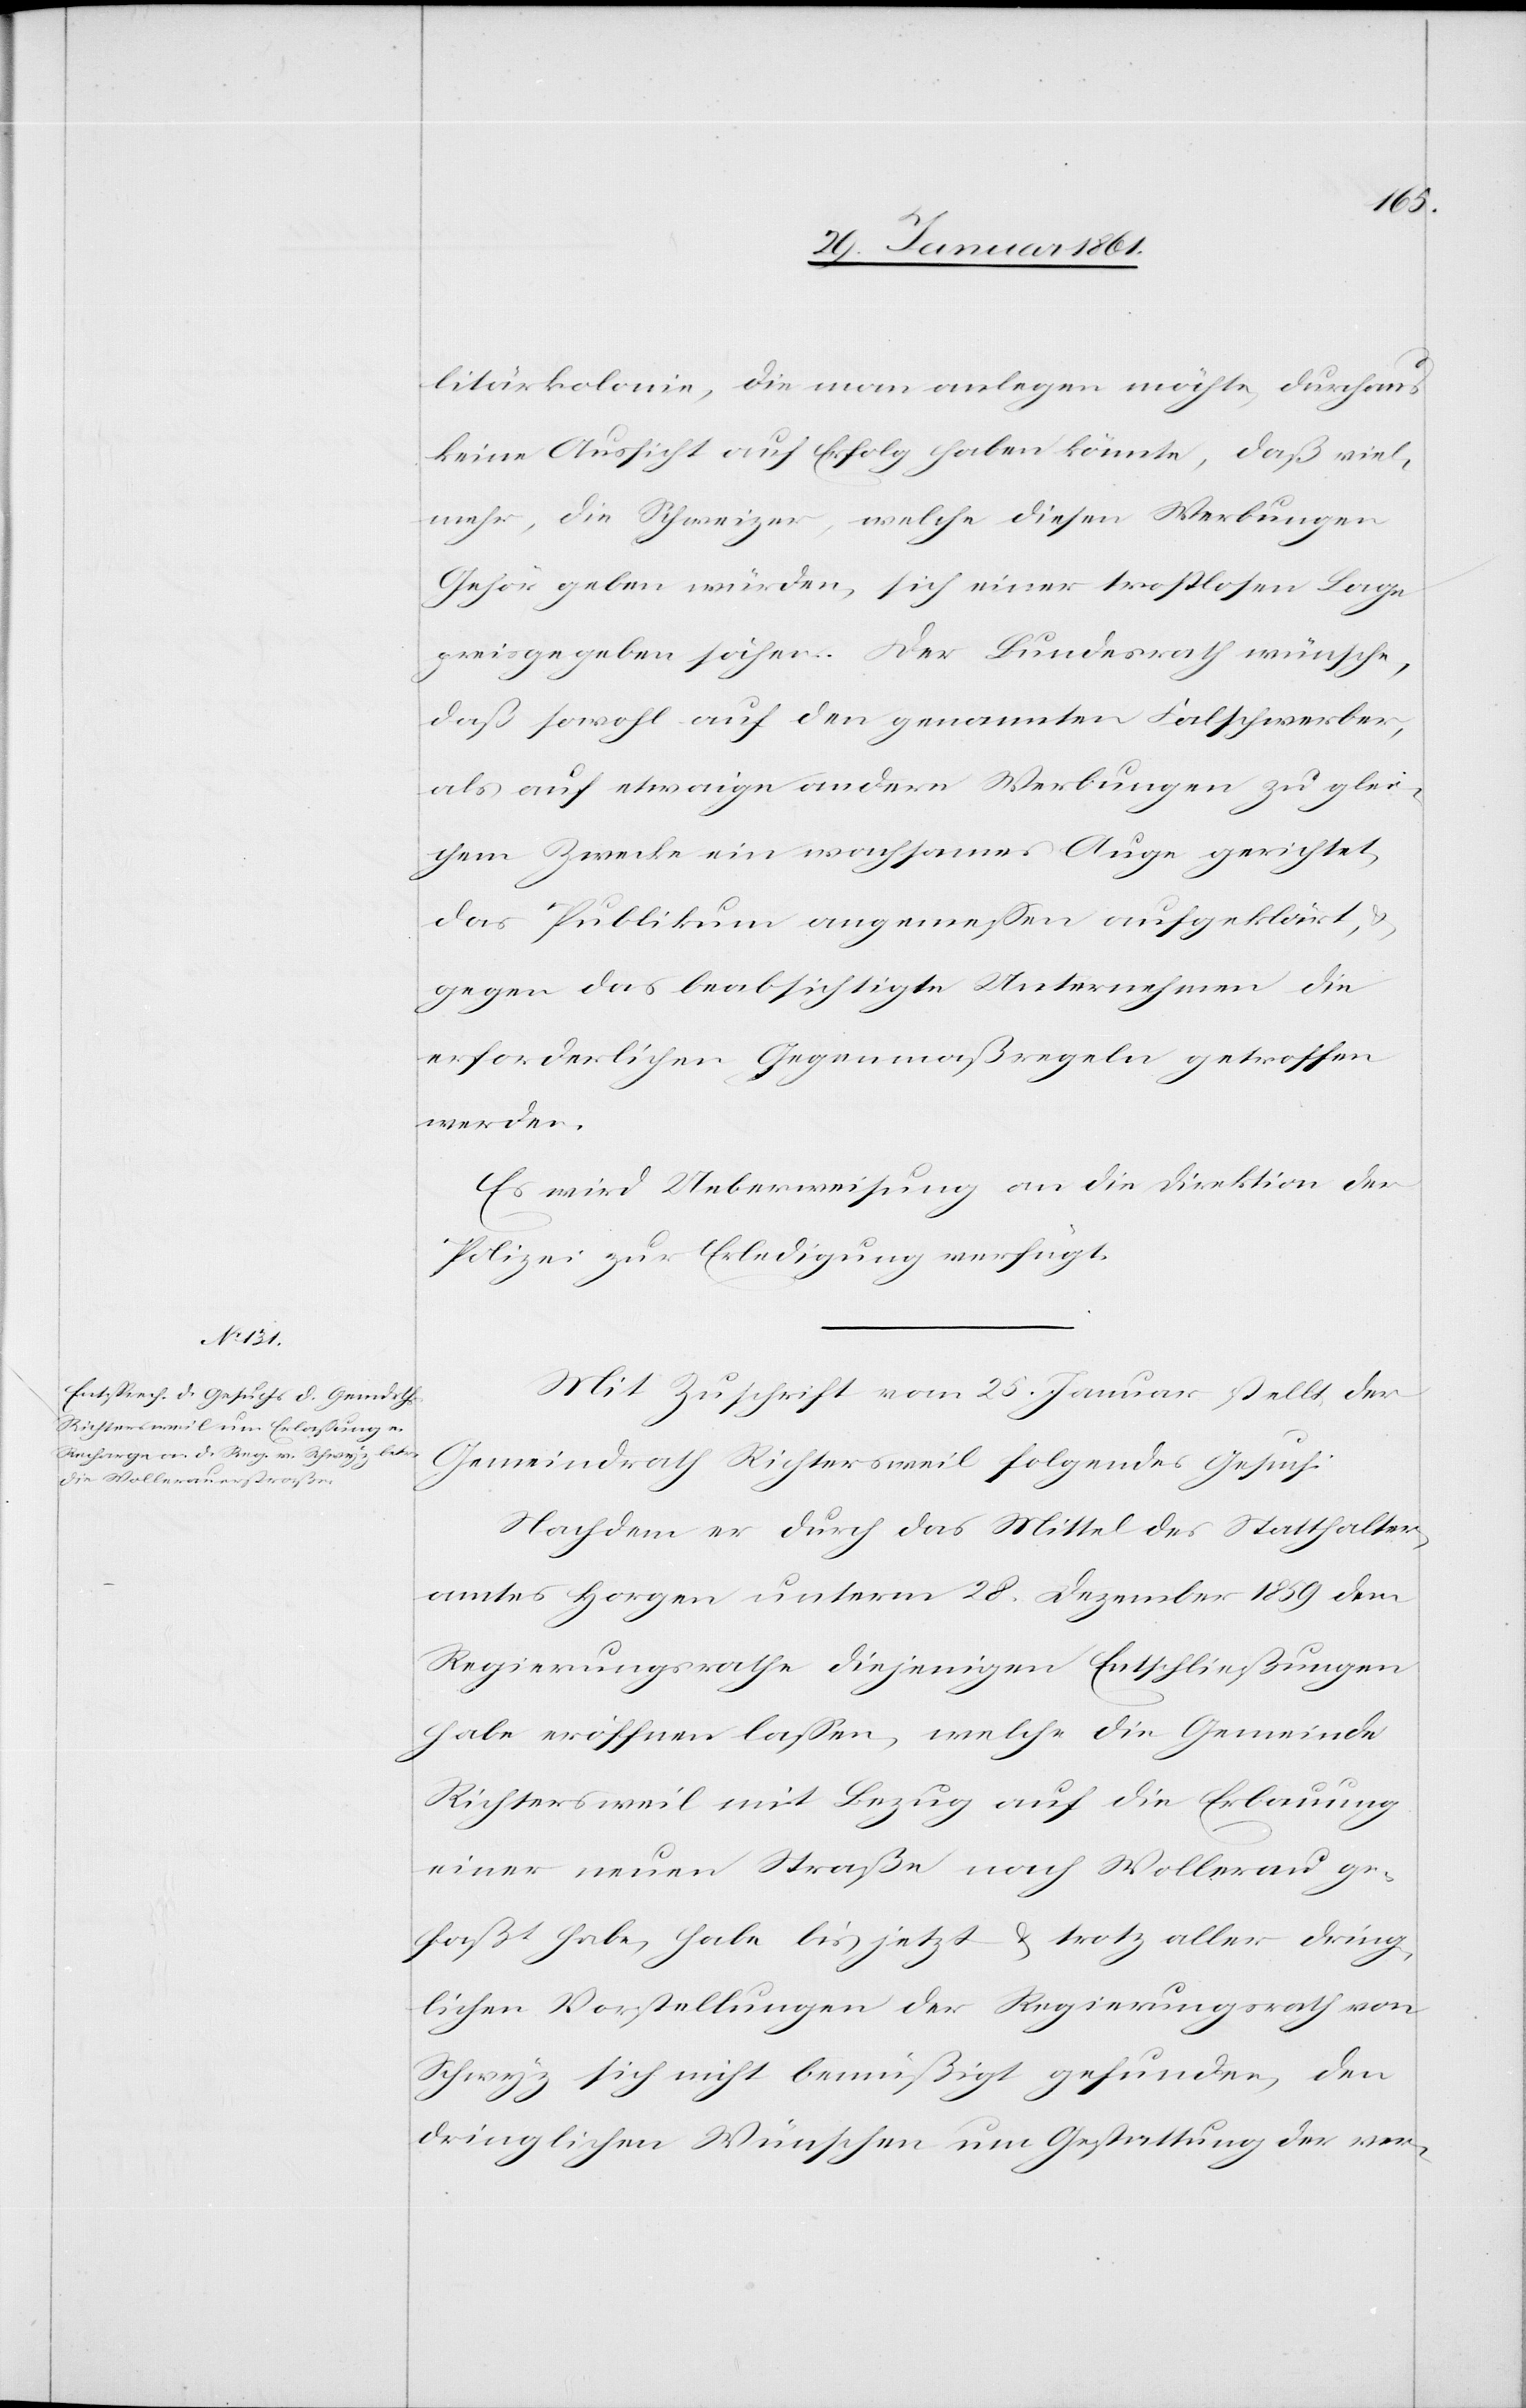
litärkolonie, die man anlegen möchte, durchaus
keine Aussicht auf Erfolg haben könnte, daß viel¬
mehr, die Schweizer, welche diesen Werbungen
Gehör geben würden, sich einer trostlosen Lage
preisgegeben sähen. Der Bundesrath wünsche,
daß sowohl auf den genannten Falschwerber,
als auf etwaig[e]n andern Werbungen zu glei¬
chem Zwecke ein wachsames Auge gerichtet,
das Publikum angemessen aufgeklärt,
gegen das beabsichtigte Unternehmen die
erforderlichen Gegenmaßregeln getroffen
werden.
Es wird Ueberweisung an die Direktion der
Polizei zur Erledigung verfügt.
Mit Zuschrift vom 25. Januar stellt der
Gemeindrath Richtersweil folgendes Gesuch:
Nachdem er durch das Mittel des Statthalter¬
amtes Horgen unterm 28. Dezember 1859 dem
Regierungsrathe diejenigen Entschließungen
habe eröffnen lassen, welche die Gemeinde
Richtersweil mit Bezug auf die Erbauung
einer neuen Straße nach Wollerau ge¬
faßt habe, habe bis jetzt u. trotz aller dring¬
lichen Vorstellungen der Regierungsrath von
Schwyz sich nicht bemüßigt gefunden, den
dringlichen Wünschen um Gestattung der ver-